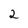
Character: 2